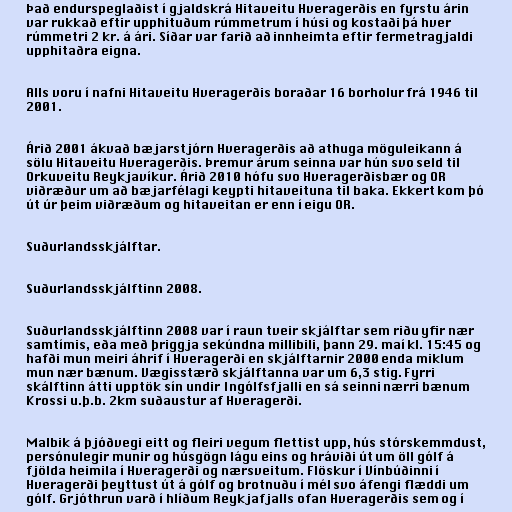
Það endurspeglaðist í gjaldskrá Hitaveitu Hveragerðis en fyrstu árin
var rukkað eftir upphituðum rúmmetrum í húsi og kostaði þá hver
rúmmetri 2 kr. á ári. Síðar var farið að innheimta eftir fermetragjaldi
upphitaðra eigna.

Alls voru í nafni Hitaveitu Hveragerðis boraðar 16 borholur frá 1946 til
2001.

Árið 2001 ákvað bæjarstjórn Hveragerðis að athuga möguleikann á
sölu Hitaveitu Hveragerðis. Þremur árum seinna var hún svo seld til
Orkuveitu Reykjavíkur. Árið 2010 hófu svo Hveragerðisbær og OR
viðræður um að bæjarfélagi keypti hitaveituna til baka. Ekkert kom þó
út úr þeim viðræðum og hitaveitan er enn í eigu OR.

Suðurlandsskjálftar.

Suðurlandsskjálftinn 2008.

Suðurlandsskjálftinn 2008 var í raun tveir skjálftar sem riðu yfir nær
samtímis, eða með þriggja sekúndna millibili, þann 29. maí kl. 15:45 og
hafði mun meiri áhrif í Hveragerði en skjálftarnir 2000 enda miklum
mun nær bænum. Vægisstærð skjálftanna var um 6,3 stig. Fyrri
skálftinn átti upptök sín undir Ingólfsfjalli en sá seinni nærri bænum
Krossi u.þ.b. 2km suðaustur af Hveragerði.

Malbik á þjóðvegi eitt og fleiri vegum flettist upp, hús stórskemmdust,
persónulegir munir og húsgögn lágu eins og hráviði út um öll gólf á
fjölda heimila í Hveragerði og nærsveitum. Flöskur í Vínbúðinni í
Hveragerði þeyttust út á gólf og brotnuðu í mél svo áfengi flæddi um
gólf. Grjóthrun varð í hlíðum Reykjafjalls ofan Hveragerðis sem og í